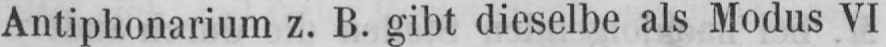
Antiphonarium z. B. gibt dieselbe als Modus VI